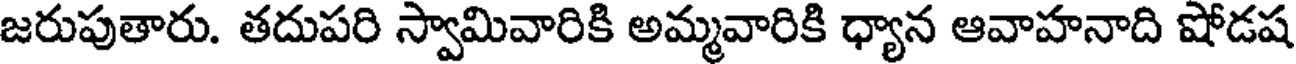
జరుపుతారు. తదుపరి స్వామివారికి అమ్మవారికి ధ్యాన ఆవాహనాది షోడష